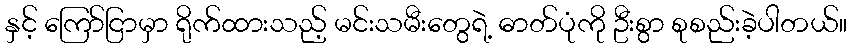
နှင့် ကြော်ငြာမှာ ရိုက်ထားသည့် မင်းသမီးတွေရဲ့ ဓာတ်ပုံကို ဦးစွာ စုစည်းခဲ့ပါတယ်။